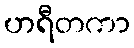
ဟရီတကာ